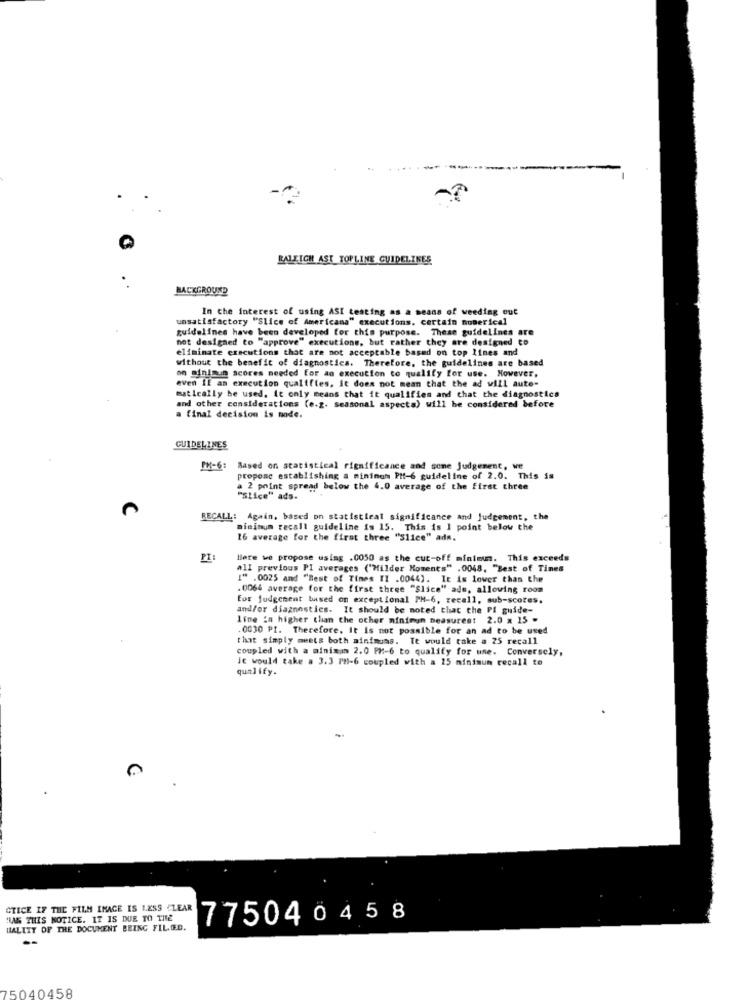
RALEIGH AST TOPLINE GUIDELINES
BACKGROUND
In the interest of using ASI testing as a means of weeding out
unsatisfactory "Slice of Americana" executions. certain numerical
guidelines have been developed for this purpose. These guidelines are
not designed to "approve" executions, but rather they are designed to
eliminate executions that are not acceptable based on top lines and
without the benefit of diagnostics. Therefore, the guidelines are based
on minimum scores needed for an execution to qualify for use. However,
even Il an execution qualifies, it does not mean that the ad will aute-
matically be used. it only means that it qualifies and that the diagnostics
and other considerations (e.g. seasonal aspects) will be considered before
a final decision is node.
GUIDELINES
PH-6: Based on statistical rignificance and some judgement, we
propose establishing a minimum PMf-6 guideline of 2.0. This is
a 2 point spread below the 4.0 average of the first three
"Slice" ads.
RECALL: Again, based on statistteat significance and judgement, the
minimum recall guideline is 15. This is I point below the
16 average for the first three "Slice" ads.
PI:
Hate we propose using .0050 as the cut-off minimum. This exceeds
all previous PI averages ("Milder Moments" .0048, "Best of Tines
1" .0025 and "Best of Times II .0044). It is lower than the
.0064 average for the first three "Slice" ads, allowing room
for judgement based on exceptional PH-6, recall, sub-scores.
and/or diagnostics. It should be noted that the Pi guide-
lime ia higher than the other minimun Deasures! 2.0 x 25 -
.0030 PI. Therefore, it is not possible for an ad to be used
that simply meets both aintmoms. Te would take a 25 recall
coupled with a minimum 2.0 PM-6 to qualify for use. Conversely,
it would take a 3.3 PM-6 coupled with a 25 minimum recall to
qualify.
CTICE IF THE FILM IMAGE IS 1.2SS CLEAR
RAG THIS NOTICE. IT IS DUE TO THE
77504045 8
MALITY OF THE DOCUMENT BEING FILED.
75040458